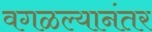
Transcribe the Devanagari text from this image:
वगळल्यानंतर